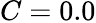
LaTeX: C=0.0